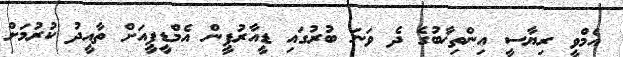
އެމްވީ ރިޔާސީ އިންތިޚާބުގެ ދެ ވަނަ ބުރުގައި ޑީއާރުޕީން އެމްޑީޕީއަށް ތާއީދު ކުރުމަށް